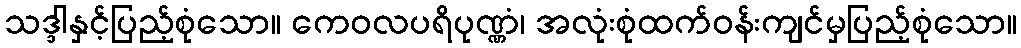
သဒ္ဒါနှင့်ပြည့်စုံသော။ ကေဝလပရိပုဏ္ဏံ၊ အလုံးစုံထက်ဝန်းကျင်မှပြည့်စုံသော။